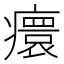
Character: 癏